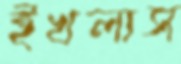
ইখলাস